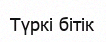
Түркі бітік